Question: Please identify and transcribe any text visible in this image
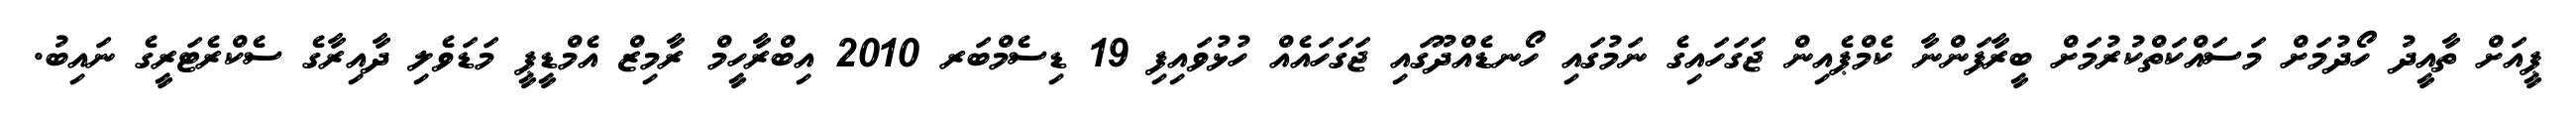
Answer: ޕީއަށް ތާއީދު ހޯދުމަށް މަސައްކަތްކުރުމަށް ބީރާފަންނާ ކެމްޕެއިން ޖަގަހައިގެ ނަމުގައި ހޯނޑެއްދޫގައި ޖަގަހައެއް ހުޅުވައިފި 19 ޑިސެމްބަރ 2010 އިބްރާހީމް ރާމިޒް އެމްޑީޕީ މަޑަވެލި ދާއިރާގެ ސެކްރެޓަރީގެ ނައިބު.